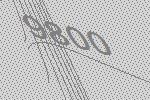
9800